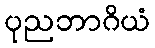
ပုညဘာဂိယံ